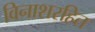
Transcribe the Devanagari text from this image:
विनाशरहित